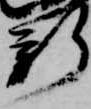
新